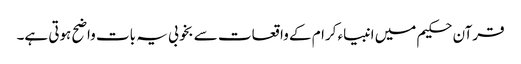
قرآن حکیم میں انبیاء کرام کے واقعات سے بخوبی یہ بات واضح ہوتی ہے۔